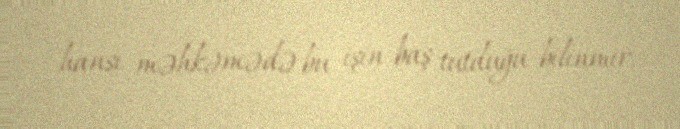
hansı məhkəmədə bu işin baş tutduğu bilinmir.